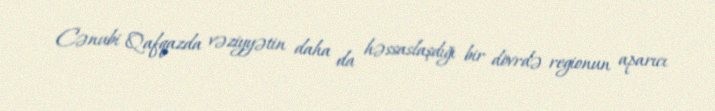
Cənubi Qafqazda vəziyyətin daha da həssaslaşdığı bir dövrdə regionun aparıcı